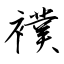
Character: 襆